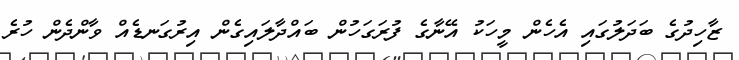
ޒާހިދުގެ ބަދަލުގައި އެހެން މީހަކު އޭނާގެ ފުރަގަހުން ބައްދާލައިގެން އިރުގަނޑެއް ވާންދެން ހުރެ